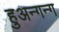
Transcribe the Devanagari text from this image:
हुअन्गन्ग